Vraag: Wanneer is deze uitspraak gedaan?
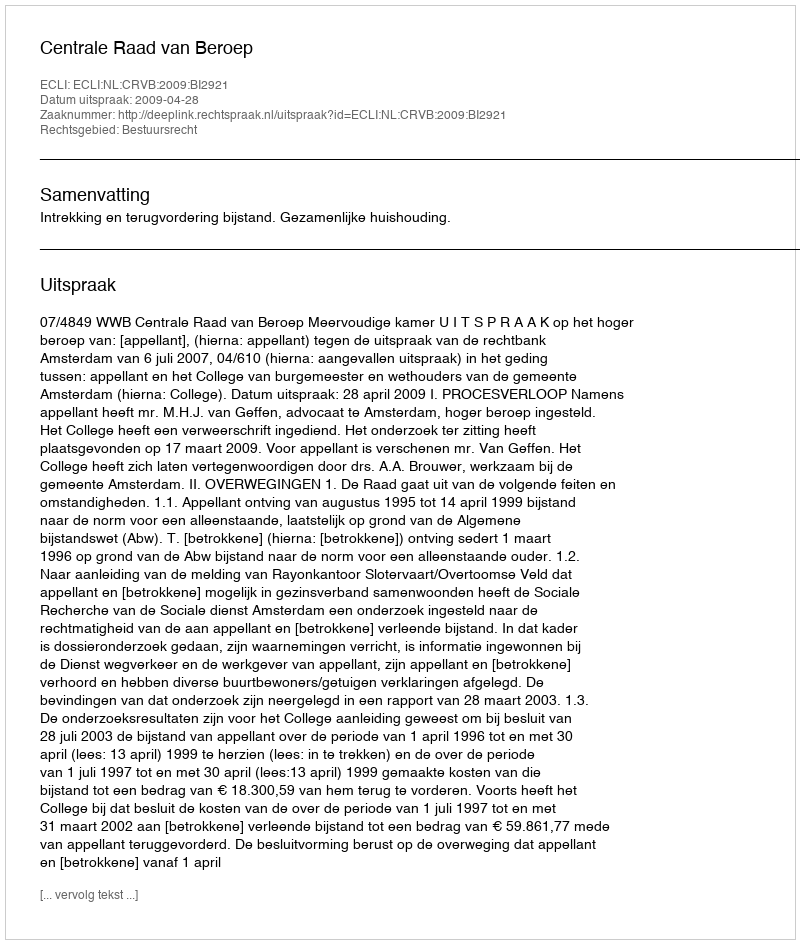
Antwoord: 2009-04-28